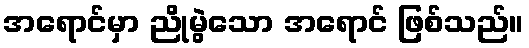
အရောင်မှာ ညိုမွဲသော အရောင် ဖြစ်သည်။